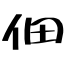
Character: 佃